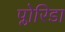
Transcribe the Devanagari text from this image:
प्लोरिडा